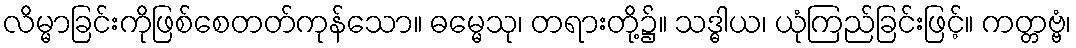
လိမ္မာခြင်းကိုဖြစ်စေတတ်ကုန်သော။ ဓမ္မေသု၊ တရားတို့၌။ သဒ္ဓါယ၊ ယုံကြည်ခြင်းဖြင့်။ ကတ္တဗ္ဗံ၊